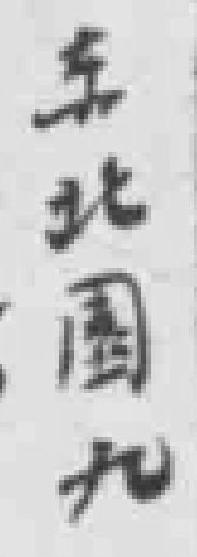
东北園九